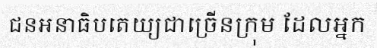
ជនអនាធិបតេយ្យជាច្រើនក្រុម ដែលអ្នក